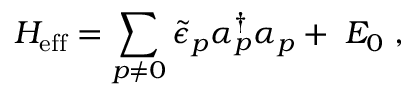
H _ { \mathrm { e f f } } = \sum _ { p \neq 0 } \widetilde { \epsilon } _ { p } \alpha _ { p } ^ { \dagger } \alpha _ { p } + \; E _ { 0 } \; ,